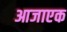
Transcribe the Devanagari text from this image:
आजाएक